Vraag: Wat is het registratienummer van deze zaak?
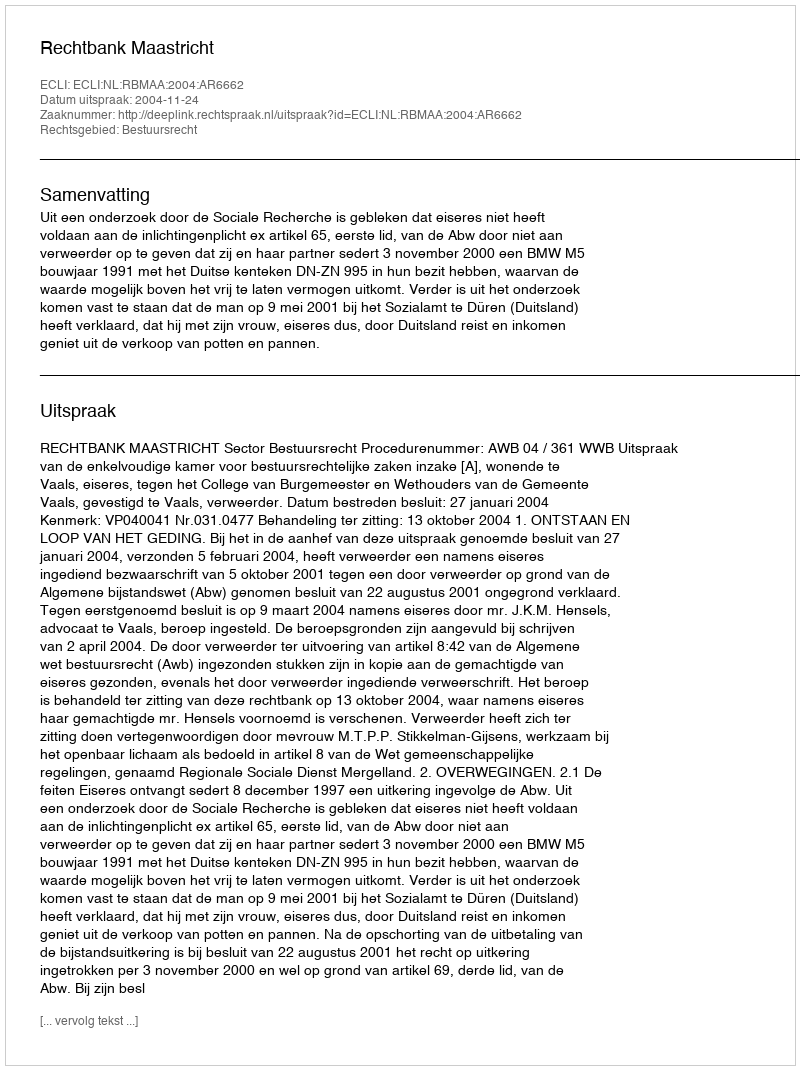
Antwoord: http://deeplink.rechtspraak.nl/uitspraak?id=ECLI:NL:RBMAA:2004:AR6662